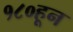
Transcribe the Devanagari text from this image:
१८०हून